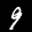
Label: 9